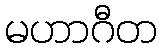
မဟာဂီတ